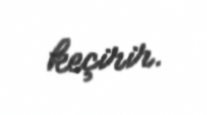
keçirir.